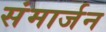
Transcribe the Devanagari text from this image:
संमार्जन